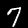
Label: 7